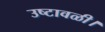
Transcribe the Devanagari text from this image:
उष्टावळी।